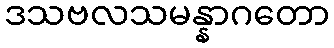
ဒသဗလသမန္နာဂတော